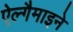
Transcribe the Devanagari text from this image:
ऐल्गैमाइने